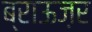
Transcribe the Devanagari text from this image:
ब्राऊज़र